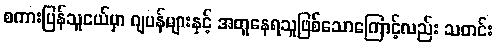
စကားပြန်သူငယ်မှာ ဂျပန်များနှင့် အတူနေရသူဖြစ်သောကြောင့်လည်း သတင်း